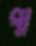
পা